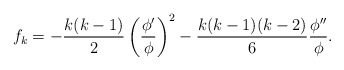
\begin{align*}f_k=-\frac{k(k-1)}{2}\left(\frac{\phi'}{\phi}\right)^2-\frac{k(k-1)(k-2)}{6}\frac{\phi''}{\phi}.\end{align*}